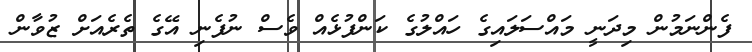
ފެންނަމުން މިދަނީ މައްސަލައިގެ ހައްލުގެ ކަންފުޅެއް ވެސް ނުފެނި އޭގެ ތެރެއަށް ޒުވާން